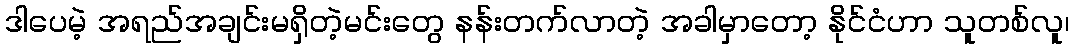
ဒါပေမဲ့ အရည်အချင်းမရှိတဲ့မင်းတွေ နန်းတက်လာတဲ့ အခါမှာတော့ နိုင်ငံဟာ သူတစ်လူ၊